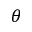
\theta